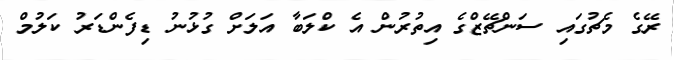
ރޭގެ މެޗުގައި ސަންޗޭޒްގެ އިތުރުން އެ ކްލަބާ އަލަށް ގުޅުނު ޑިފެންޑަރު ކަލުމް